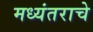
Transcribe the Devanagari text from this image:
मध्यंतराचे